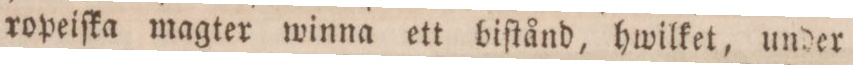
ropeiſka magter winna ett biſtånd, hwilket, under